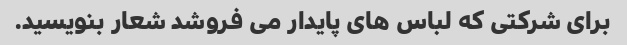
برای شرکتی که لباس های پایدار می فروشد شعار بنویسید.